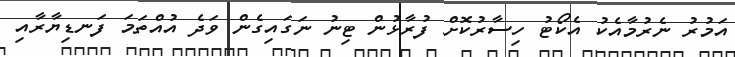
އަމުރު ނެރުމާއެކު އެކޯޓު ހިސާރުކޮށް ފުރާޅުން ޓިނު ނަގައިގެން ވަދެ އުއްތަމަ ފަނޑިޔާރާއި